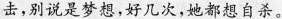
击，别说是梦想，好几次，他都想自杀。